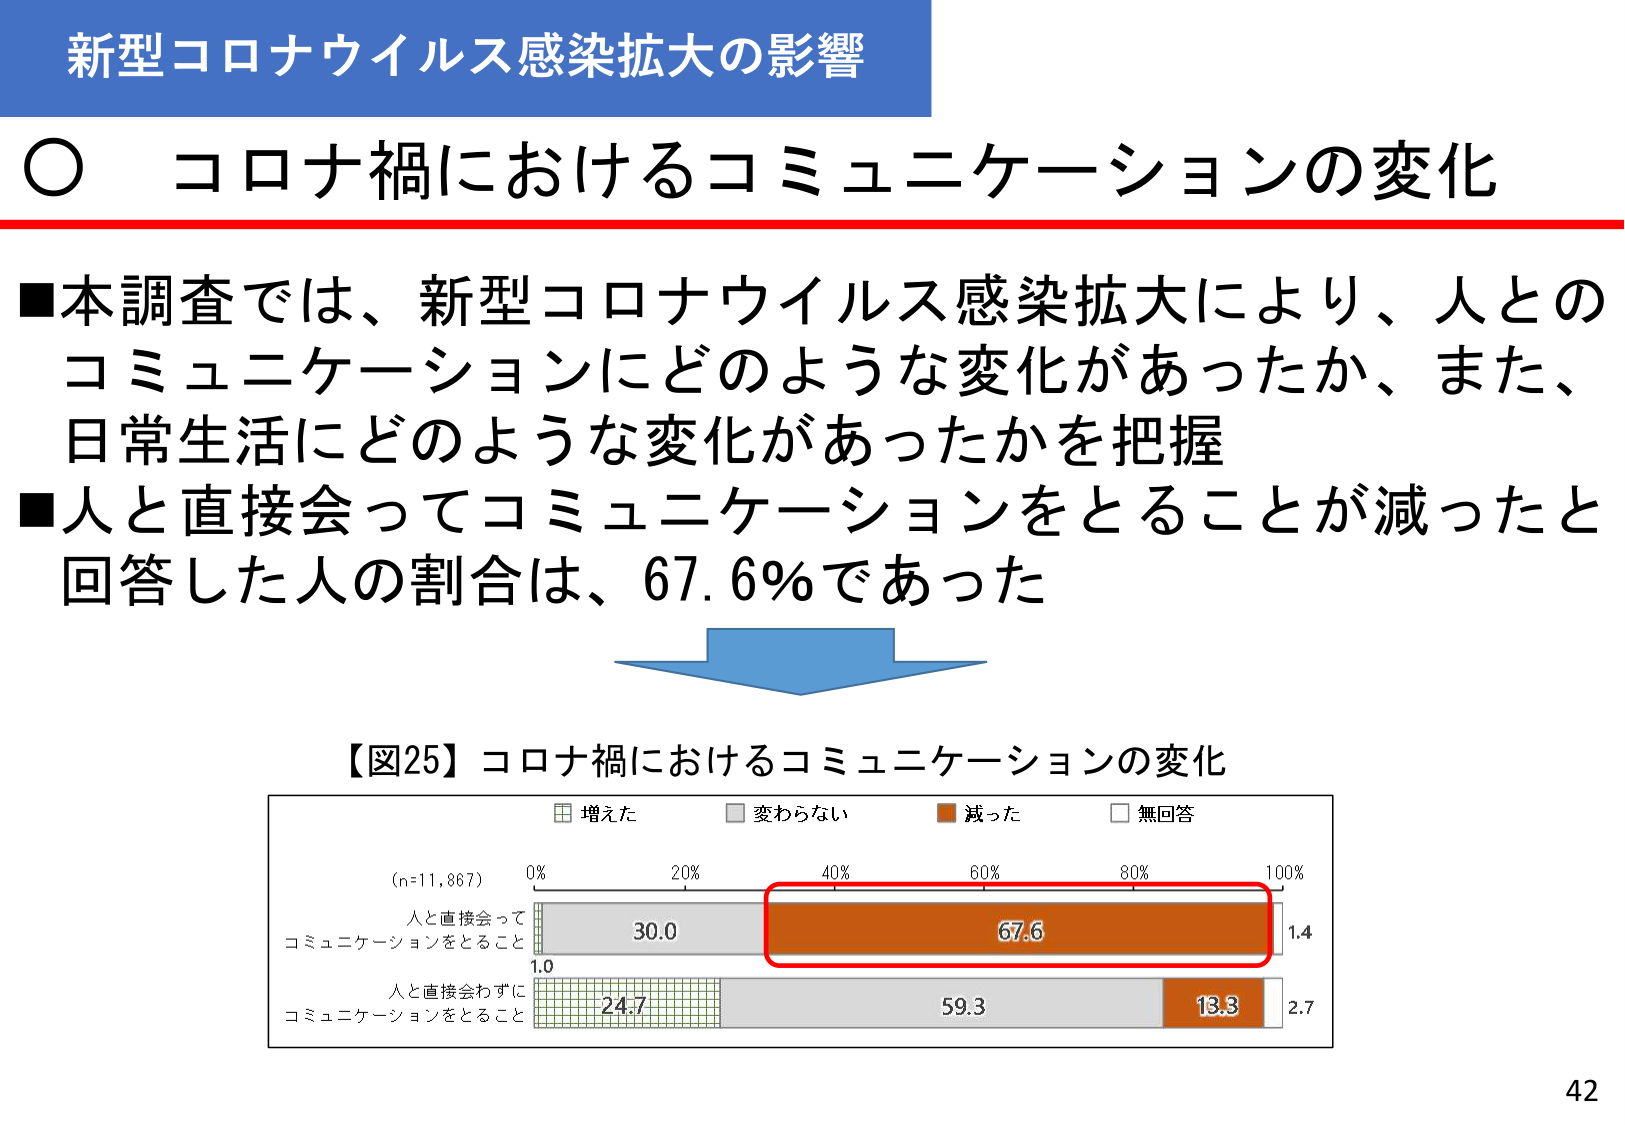
新型コロナウイルス感染拡大の影響

○ コロナ禍におけるコミュニケーションの変化

■本調査では、新型コロナウイルス感染拡大により、人とのコミュニケーションにどのような変化があったか、また、日常生活にどのような変化があったかを把握
■人と直接会ってコミュニケーションをとることが減ったと回答した人の割合は、67.6％であった

【図25】コロナ禍におけるコミュニケーションの変化

■ 増えた
■ 変わらない
■ 減った
■ 無回答

(n=11,867)
0% 20% 40% 60% 80% 100%

人と直接会って
コミュニケーションをとること
30.0 67.6 1.4

人と直接会わずに
コミュニケーションをとること
24.7 59.3 13.3 2.7

42